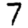
Digit: 7